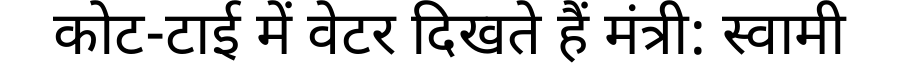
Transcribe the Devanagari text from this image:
कोट-टाई में वेटर दिखते हैं मंत्री: स्वामी